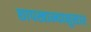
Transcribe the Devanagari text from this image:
छापखान्यानुसार